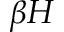
\beta H